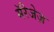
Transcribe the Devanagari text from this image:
मॅरेजेज़